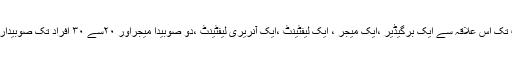
پاک فوج کے اعلی عہدوں میں اب تک اس علاقہ سے ایک برگیڈیر ،ایک میجر ، ایک لیفٹینٹ ،ایک آنریری لیفٹینٹ ،دو صوبیدا میجراور ۲۰سے ۳۰ افراد تک صوبیدار کے عہدوں پر فائز ہوچکے ہیں ۔